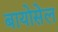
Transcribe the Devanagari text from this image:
बायोसेल